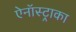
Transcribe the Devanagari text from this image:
ऐनॉस्ट्राका